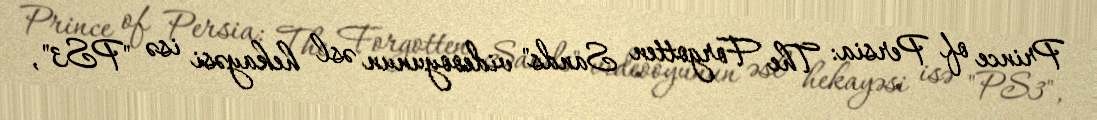
Prince of Persia: The Forgotten Sands" videooyunun əsl hekayəsi isə "PS3",